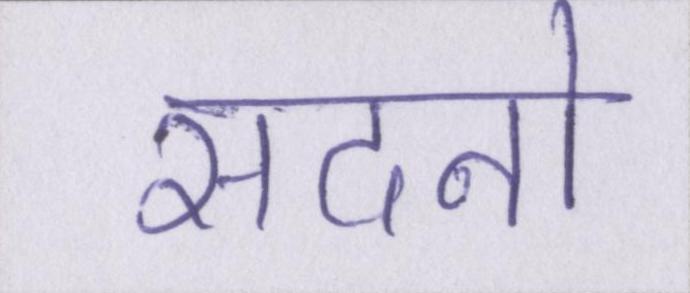
सदनो